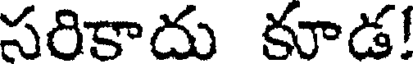
సరికాదు కూడ!